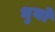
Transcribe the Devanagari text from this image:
धुर्यो